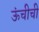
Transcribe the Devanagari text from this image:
ऊंचीची